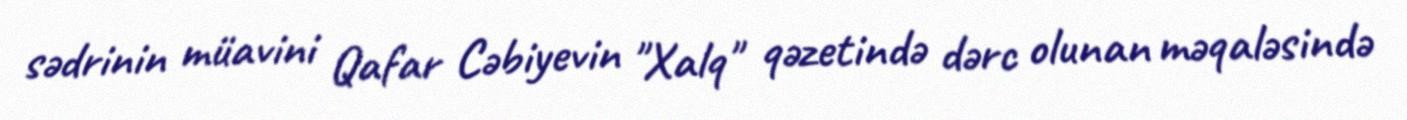
sədrinin müavini Qafar Cəbiyevin "Xalq" qəzetində dərc olunan məqaləsində